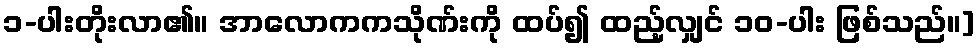
၁-ပါးတိုးလာ၏။ အာလောကကသိုဏ်းကို ထပ်၍ ထည့်လျှင် ၁၀-ပါး ဖြစ်သည်။]